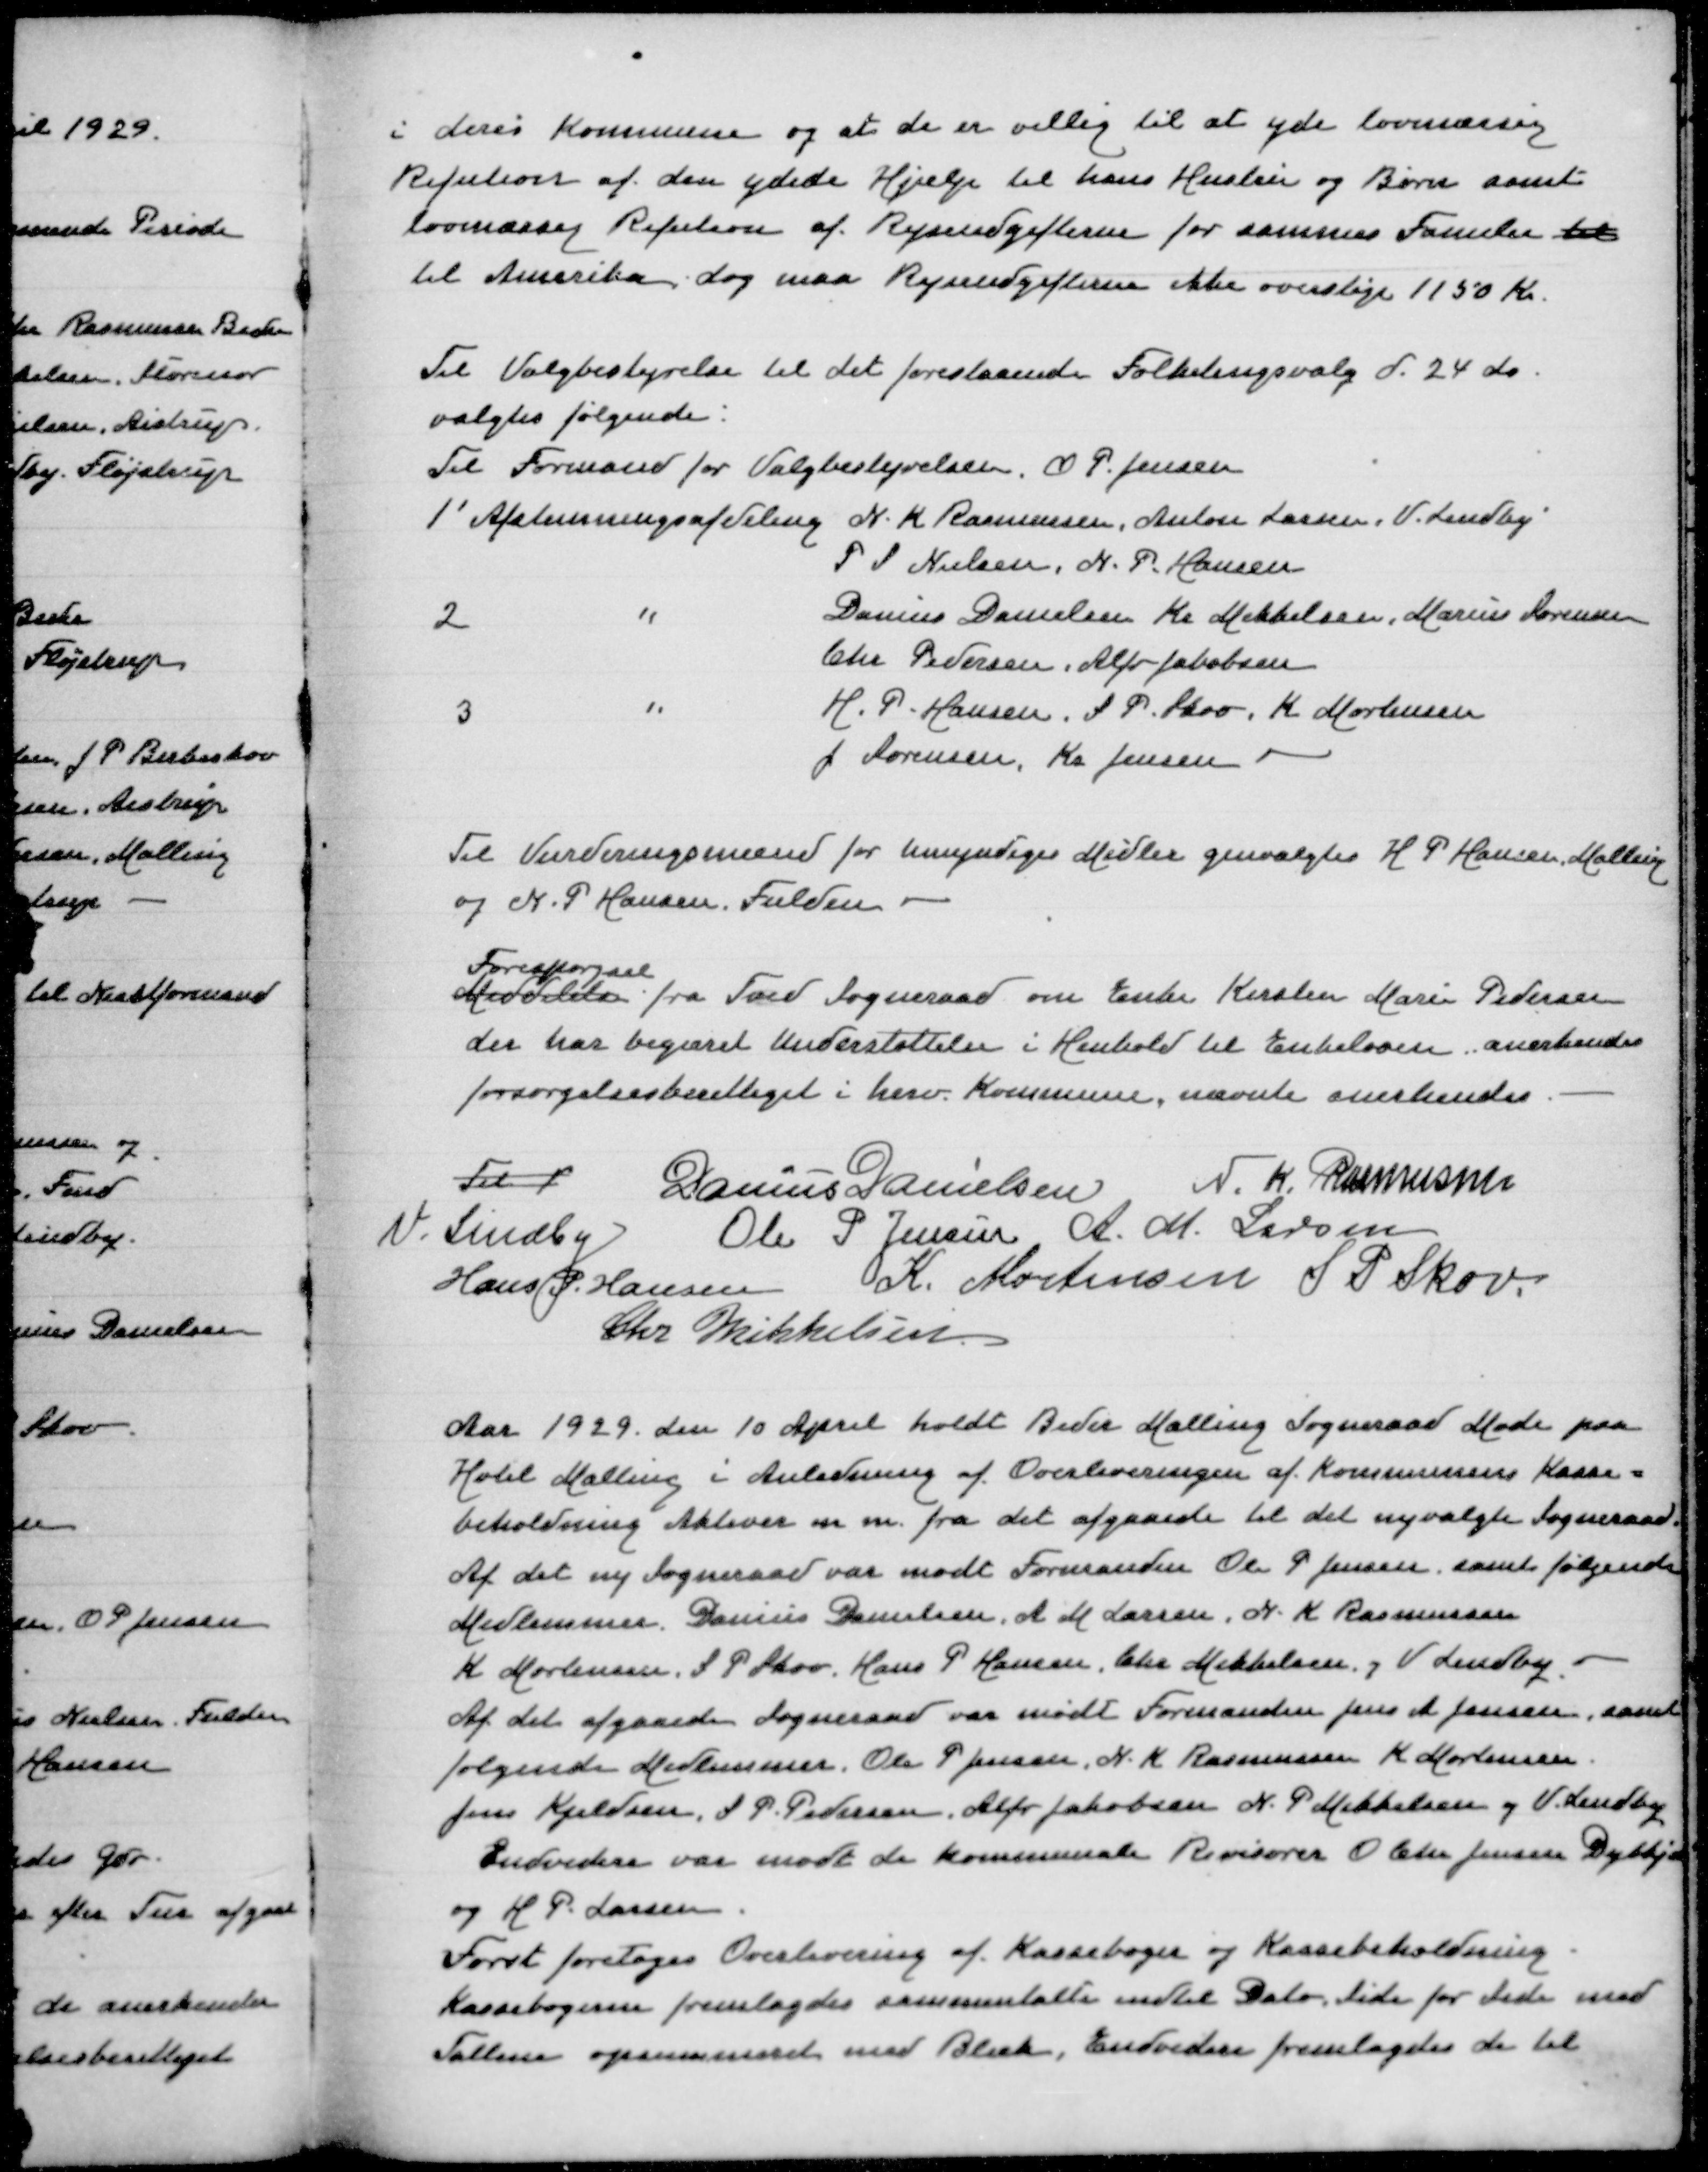
Transskription:
i deres Kommune og at de er villig til at yde lovmæssig
Refution af den ydede Hjælp til hans Hustru og Børn samt
lovmæssig Refution af Rejseudgifter for samme Familie til
til Amerika, dog maa Rejseudgifterne ikke overstige 1150 Kr

Til Valgbestyrelse til det forestaaende Folketingsvalg d 24 ds
valgtes følgende:
Til Formand for Valgbestyrelsen O P Jensen
1' Afstemningsafdeling N K Rasmussen, Anton Larsne, V Lindby
P S Nielsen, N P Hansen
2 " Danius Danielsen Kr Mikkelsen, Marius Sørensen
Chr Pedersen, Alfr Jakobsen
3 " H P Hansen, S P Skov, K Mortensen
J Sørensen, Kr Jensen

Til Vurderingsmand for umyndiges Midler genvalgtes H P Hansen, Malling
og N O Hansen, Fulden
Forespørgsel
Meddelelse fra Tved Sogneraad om Enke Kirsten Marie Pedersen
der har begæret Understøttelse i Henhold til Enkeloven anerkendes
forsørgelsesberettiget i herv Kommune, nævnte anerkendes

Til f
Danius Danielsen
N K Rasmussen
V Lindby
Ole P Jensen
A M Larsen
Hans P Hansen
K Mortensen
S P Skov
Chr Mikkelsen

Aar 1929 den 10 April holdt Beder Malling Sogneraad Møde paa
Hotel Malling i Anledning af Overleveringen af Kommunens Kasse=
beholdning Aktiver m m fra det afgaaede til det nyvalgte Sogneraad
Af det ny Sogneraad var mødt Formanden Ole P Jensen samt følgende
Medlemmer Danius Danielsen, A M Jensen, N K Rasmussen
K Mortensen, S P Skov, Hans P Hansen, Chr Mikkelsen, V Lindby -
Af det afgaaede Sogneraad var mødt Formanden Jens A Jensen, samt
følgende Medlemmer Ole P Jensen, N K Rasmussen, K Mortensen
Jens Kjeldsen, S P Pedersen, Alfr Jakobsen, N P Mikkelsen og V Lindby
Endvidere var mødt de kommunale Revisorer O Chr Jensen Dybkjær
og H P Larsen
Først foretoges Overlevering af Kassebøger og Kassebeholdning
Kassebøgerne fremlagdes sammentalte indtil Dato Side for Side med
Tallene opsummeret med Blæk, Endidere fremlagdes de til